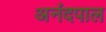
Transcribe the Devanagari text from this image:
अनंदपाल